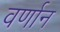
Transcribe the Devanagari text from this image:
वर्णान